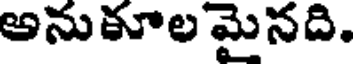
అనుకూల మైనది.